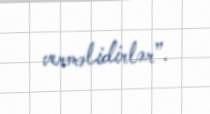
verməlidirlər”.